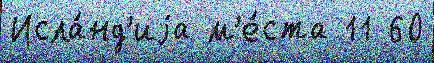
Исла́нд'иjа м'е́ста 11 60